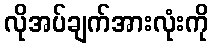
လိုအပ်ချက်အားလုံးကို